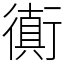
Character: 衠